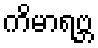
ကိမာရဗ္ဘ